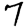
Digit: 7